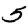
Digit: 5